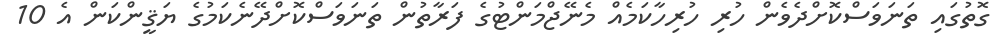
ގޮތުގައި ތަނަވަސްކޮށްދެވެން ހުރި ހުރިހާކަމެއް މެނޭޖްމަންޓުގެ ފަރާތުން ތަނަވަސްކޮށްދޭނެކަމުގެ ޔަޤީންކަން އެ 10